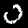
Digit: 0